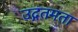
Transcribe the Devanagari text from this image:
उद्गतमता